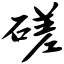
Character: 磋